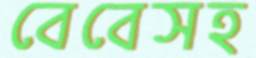
বেবেসহ